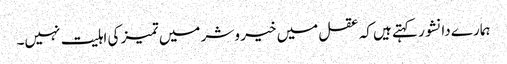
ہمارے دانشور کہتے ہیں کہ عقل میں خیر و شر میں تمیز کی اہلیت نہیں۔